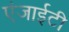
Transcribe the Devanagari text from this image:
एंजाईटी